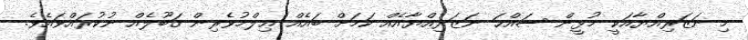
މި ނަޒަރިއްޔާއަކީ މުޅީން ޞައްޙަ ނަޒަރިއްޔާއެއް ކަމަށް ބައެއް ޢިލްމުވެރިން ޤަބޫލެއް ނުކުރައްވައެވެ.